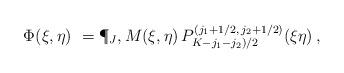
LaTeX: \begin{align*}\Phi(\xi,\eta)\ =\P_J,M(\xi,\eta)\,P^{(j_1+1/2,\,j_2+1/2)}_{K-j_1-j_2)/2}(\xi\eta)\,,\end{align*}